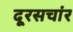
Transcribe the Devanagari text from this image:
दूरसचांर